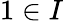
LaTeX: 1\in I